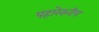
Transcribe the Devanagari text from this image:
पहारेकरीच